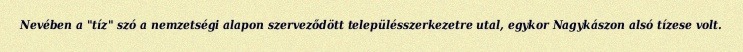
Nevében a "tíz" szó a nemzetségi alapon szerveződött településszerkezetre utal, egykor Nagykászon alsó tízese volt.